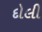
દોલી